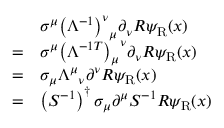
{ \begin{array} { r l } & { \sigma ^ { \mu } { \left( \Lambda ^ { - 1 } \right) ^ { \nu } } _ { \mu } \partial _ { \nu } R \psi _ { \mathrm { { R } } } ( x ) } \\ { = } & { \sigma ^ { \mu } { \left( \Lambda ^ { - 1 T } \right) _ { \mu } } ^ { \nu } \partial _ { \nu } R \psi _ { \mathrm { { R } } } ( x ) } \\ { = } & { \sigma _ { \mu } { \Lambda ^ { \mu } } _ { \nu } \partial ^ { \nu } R \psi _ { \mathrm { { R } } } ( x ) } \\ { = } & { \left( S ^ { - 1 } \right) ^ { \dagger } \sigma _ { \mu } \partial ^ { \mu } S ^ { - 1 } R \psi _ { \mathrm { { R } } } ( x ) } \end{array} }